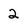
Character: 2